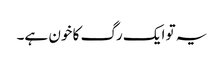
یہ تو ایک رگ کا خون ہے۔